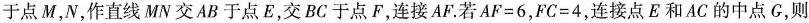
于点M，N，作直线MN交AB于点E，交BC于点F，连接AF.若$$AF=6$$，$$FC=4$$，连接点E和AC的中点G，则